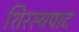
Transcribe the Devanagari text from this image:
शिरस्यपाद